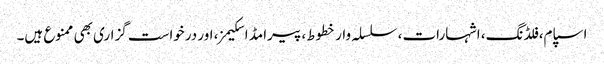
اسپام، فلڈنگ، اشہارات، سلسلہ وار خطوط، پیرامڈ اسکیمز، اور درخواست گزاری بھی ممنوع ہیں۔